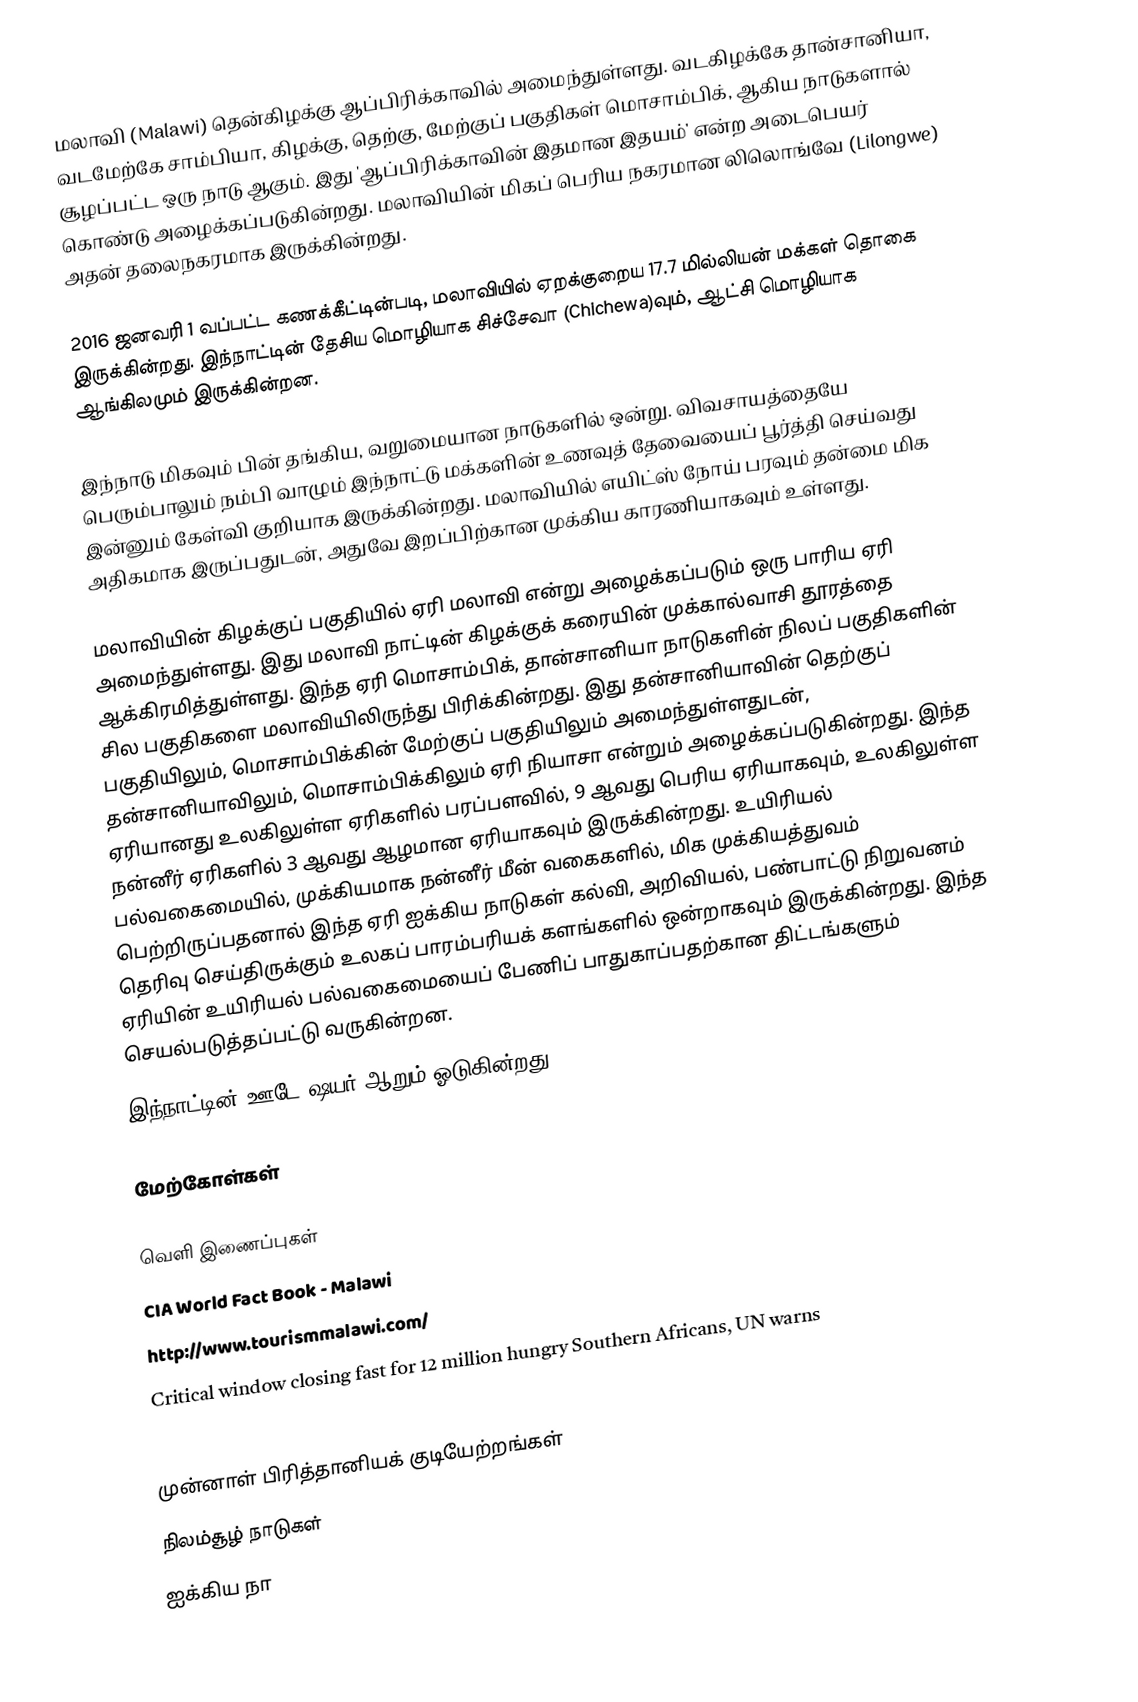
மலாவி (Malawi) தென்கிழக்கு ஆப்பிரிக்காவில் அமைந்துள்ளது. வடகிழக்கே தான்சானியா, வடமேற்கே சாம்பியா, கிழக்கு, தெற்கு, மேற்குப் பகுதிகள் மொசாம்பிக், ஆகிய நாடுகளால் சூழப்பட்ட ஒரு நாடு ஆகும். இது 'ஆப்பிரிக்காவின் இதமான இதயம்' என்ற அடைபெயர் கொண்டு அழைக்கப்படுகின்றது. மலாவியின் மிகப் பெரிய நகரமான லிலொங்வே (Lilongwe) அதன் தலைநகரமாக இருக்கின்றது.

2016 ஜனவரி 1 வப்பட்ட கணக்கீட்டின்படி, மலாவியில் ஏறக்குறைய 17.7 மில்லியன் மக்கள் தொகை இருக்கின்றது. இந்நாட்டின் தேசிய மொழியாக சிச்சேவா (Chichewa)வும், ஆட்சி மொழியாக ஆங்கிலமும் இருக்கின்றன.

இந்நாடு மிகவும் பின் தங்கிய, வறுமையான நாடுகளில் ஒன்று. விவசாயத்தையே பெரும்பாலும் நம்பி வாழும் இந்நாட்டு மக்களின் உணவுத் தேவையைப் பூர்த்தி செய்வது இன்னும் கேள்வி குறியாக இருக்கின்றது. மலாவியில் எயிட்ஸ் நோய் பரவும் தன்மை மிக அதிகமாக இருப்பதுடன், அதுவே இறப்பிற்கான முக்கிய காரணியாகவும் உள்ளது.

மலாவியின் கிழக்குப் பகுதியில் ஏரி மலாவி என்று அழைக்கப்படும் ஒரு பாரிய ஏரி அமைந்துள்ளது. இது மலாவி நாட்டின் கிழக்குக் கரையின் முக்கால்வாசி தூரத்தை ஆக்கிரமித்துள்ளது. இந்த ஏரி மொசாம்பிக், தான்சானியா நாடுகளின் நிலப் பகுதிகளின் சில பகுதிகளை மலாவியிலிருந்து பிரிக்கின்றது. இது தன்சானியாவின் தெற்குப் பகுதியிலும், மொசாம்பிக்கின் மேற்குப் பகுதியிலும் அமைந்துள்ளதுடன், தன்சானியாவிலும், மொசாம்பிக்கிலும் ஏரி நியாசா என்றும் அழைக்கப்படுகின்றது. இந்த ஏரியானது உலகிலுள்ள ஏரிகளில் பரப்பளவில், 9 ஆவது பெரிய ஏரியாகவும், உலகிலுள்ள நன்னீர் ஏரிகளில் 3 ஆவது ஆழமான ஏரியாகவும் இருக்கின்றது. உயிரியல் பல்வகைமையில், முக்கியமாக நன்னீர் மீன் வகைகளில், மிக முக்கியத்துவம் பெற்றிருப்பதனால் இந்த ஏரி ஐக்கிய நாடுகள் கல்வி, அறிவியல், பண்பாட்டு நிறுவனம் தெரிவு செய்திருக்கும் உலகப் பாரம்பரியக் களங்களில் ஒன்றாகவும் இருக்கின்றது. இந்த ஏரியின் உயிரியல் பல்வகைமையைப் பேணிப் பாதுகாப்பதற்கான திட்டங்களும் செயல்படுத்தப்பட்டு வருகின்றன.
இந்நாட்டின் ஊடே ஷயர் ஆறும் ஓடுகின்றது.

மேற்கோள்கள்

வெளி இணைப்புகள்
 CIA World Fact Book - Malawi
 http://www.tourismmalawi.com/
 Critical window closing fast for 12 million hungry Southern Africans, UN warns

முன்னாள் பிரித்தானியக் குடியேற்றங்கள்
நிலம்சூழ் நாடுகள்
ஐக்கிய நா